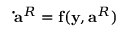
\mathbf { \dot { a } } ^ { R } = \mathbf { f } ( \mathbf { y } , \mathbf { a } ^ { R } )